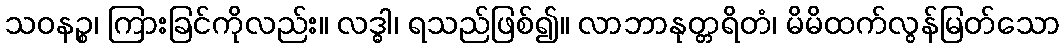
သဝနဉ္စ၊ ကြားခြင်ကိုလည်း။ လဒ္ဓါ၊ ရသည်ဖြစ်၍။ လာဘာနုတ္တရိတံ၊ မိမိထက်လွန်မြတ်သော